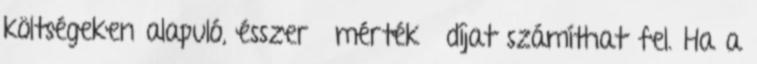
költségeken alapuló, ésszerű mértékű díjat számíthat fel. Ha a